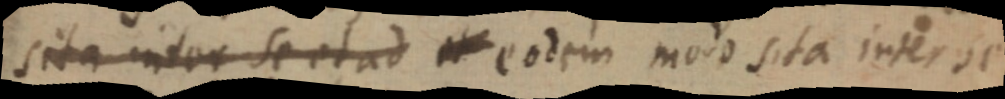
sita inter se et ad et eodem modo sita inter se